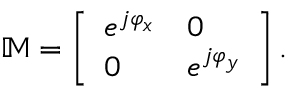
\mathbb { M } = \left[ \begin{array} { l l } { e ^ { j \varphi _ { x } } } & { 0 } \\ { 0 } & { e ^ { j \varphi _ { y } } } \end{array} \right] .